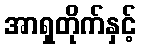
အာရှတိုက်နှင့်